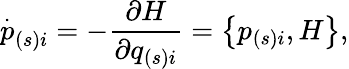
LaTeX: \stackrel{.}{p}_{\left(s\right)i}=-\frac{\partial H}{\partial q_{\left(s\right)i}}=\left\{ p_{\left(s\right)i},H\right\} ,